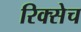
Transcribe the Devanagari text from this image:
रिक्सेच